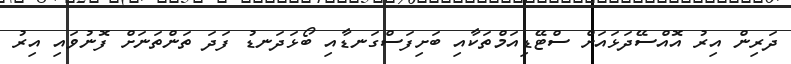
ދަރިން އިރު އޮއްސޭދަޅައަށް ސްޓޭޑިއަމްތަކާއި ބަށިފަސްގަނޑާއި ބޯޅަދަނޑު ފަދަ ތަންތަނަށް ފޮނުވައި އިރު